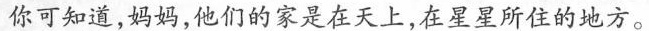
你可知道，妈妈，他们的家是在天上，在星星所住的地方。